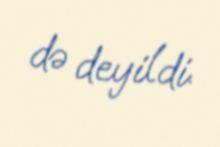
də deyildi.